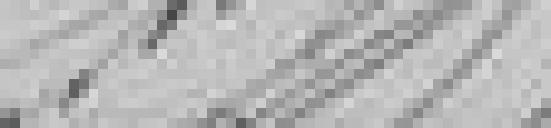
???